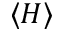
\langle H \rangle